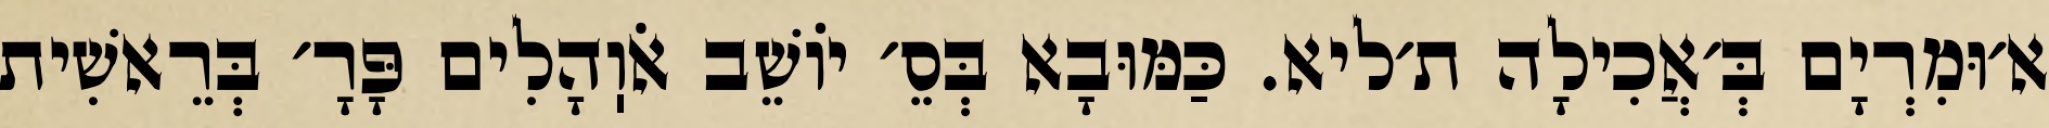
א׳וּמִרְיָם בְּ׳אֲכִילָה ת׳ליא. כַּמּוּבָא בְּסֵ׳ יוֹשֵׁב אֹוֽהָלִים פָּרָ׳ בְּרֵאשִׁית